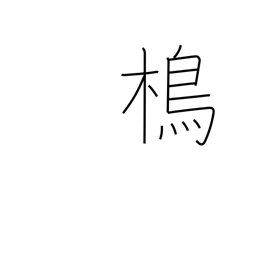
Meaning: type of bird